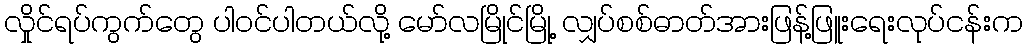
လှိုင်ရပ်ကွက်တွေ ပါဝင်ပါတယ်လို့ မော်လမြိုင်မြို့ လျှပ်စစ်ဓာတ်အားဖြန့်ဖြူးရေးလုပ်ငန်းက